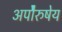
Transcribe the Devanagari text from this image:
अपाेेैरुषेय